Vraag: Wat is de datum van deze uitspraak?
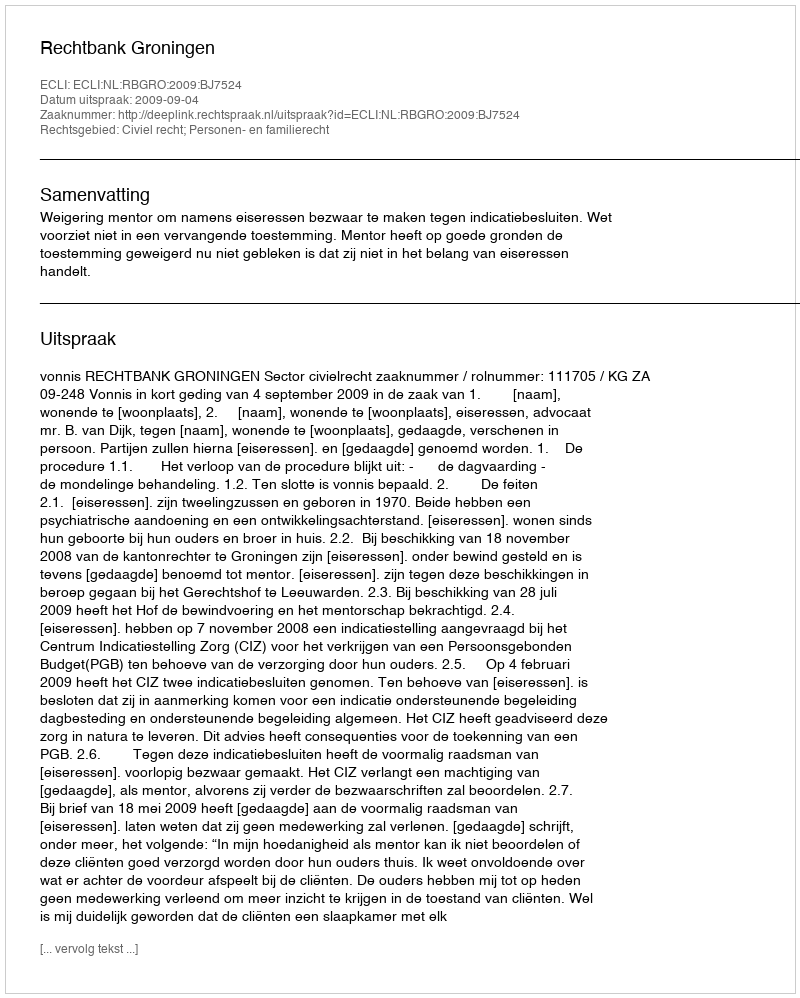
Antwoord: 2009-09-04